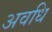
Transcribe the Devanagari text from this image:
अवधि